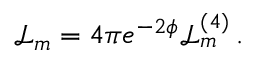
\mathcal { L } _ { m } = 4 \pi e ^ { - 2 \phi } \mathcal { L } _ { m } ^ { ( 4 ) } \, .